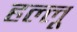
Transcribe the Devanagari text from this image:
हल्लू